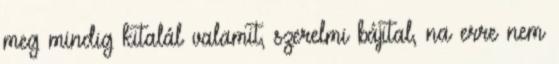
meg mindig kitalál valamit, szerelmi bájital, na erre nem